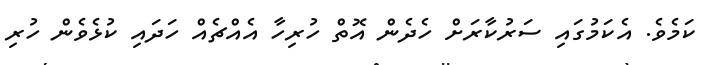
ކަމެވެ. އެކަމުގައި ސަރުކާރަށް ހެދެން އޮތް ހުރިހާ އެއްޗެއް ހަދައި ކުޅެވެން ހުރި